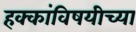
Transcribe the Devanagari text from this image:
हक्कांविषयीच्या